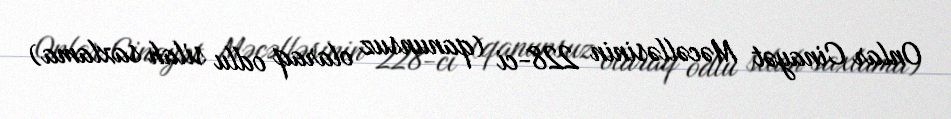
Onlar Cinayət Məcəlləsinin 228-ci (qanunsuz olaraq odlu silah saxlama)